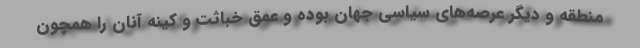
منطقه و دیگر عرصه‌های سیاسی جهان بوده و عمق خباثت و کینه آنان را همچون